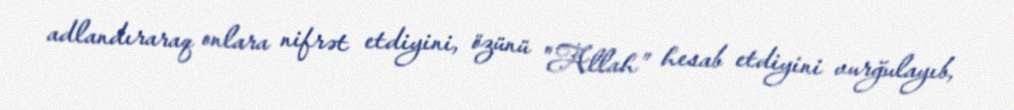
adlandıraraq onlara nifrət etdiyini, özünü "Allah” hesab etdiyini vurğulayıb,